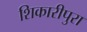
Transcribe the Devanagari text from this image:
शिकारीपुरा